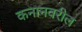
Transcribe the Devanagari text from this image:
कनानवरील